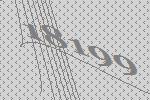
18199